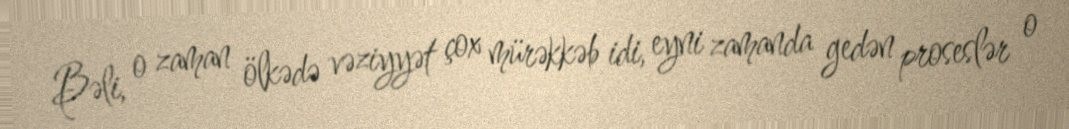
Bəli, o zaman ölkədə vəziyyət çox mürəkkəb idi, eyni zamanda gedən proseslər o